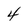
Character: 4